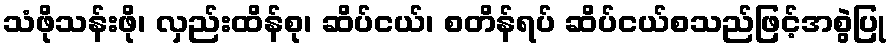
သံဖိုသန်းဖို၊ လှည်းထိန်စု၊ ဆိပ်ငယ်၊ စတိန်ရပ် ဆိပ်ငယ်စသည်ဖြင့်အစွဲပြု